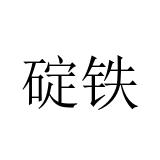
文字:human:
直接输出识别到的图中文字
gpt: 碇铁